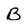
Character: B